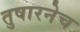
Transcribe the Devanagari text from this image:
तुषारनेच